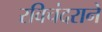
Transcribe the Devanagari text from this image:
रविचंदराने